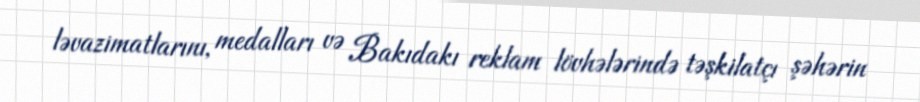
ləvazimatlarını, medalları və Bakıdakı reklam lövhələrində təşkilatçı şəhərin